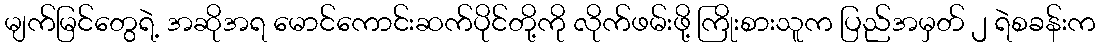
မျက်မြင်တွေရဲ့ အဆိုအရ မောင်ကောင်းဆက်ပိုင်တို့ကို လိုက်ဖမ်းဖို့ ကြိုးစားသူက ပြည်အမှတ် ၂ ရဲစခန်းက